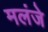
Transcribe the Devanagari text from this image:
मलंजे